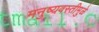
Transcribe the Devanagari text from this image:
मनुष्यवस्तीमुळे